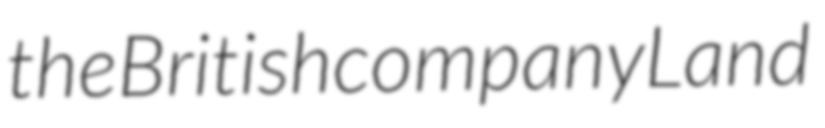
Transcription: the British company Land